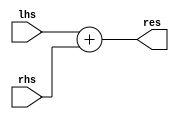
module ADD (
    input [31:0] lhs,
    input [31:0] rhs,
    output [31:0] res
);
    assign res=lhs+rhs;
endmodule